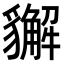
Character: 𧴛